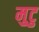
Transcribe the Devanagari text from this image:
मुटु